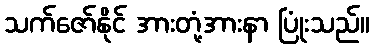
သက်ဇော်နိုင် အားတုံ့အားနာ ပြုံးသည်။